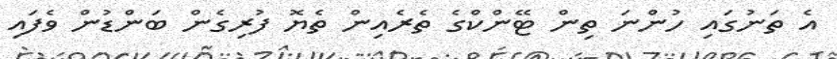
އެ ތަނުގައި ހުންނަ ތިން ޓޭންކްގެ ތެރެއިން ތެޔޮ ފުރިގެން ބަންޑުން ވެފައި